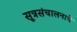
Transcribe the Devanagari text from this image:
सूत्रसंचालनाचे